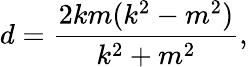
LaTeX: d={\frac{2km(k^{2}-m^{2})}{k^{2}+m^{2}}},